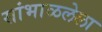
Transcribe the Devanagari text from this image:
सांभाळलेला